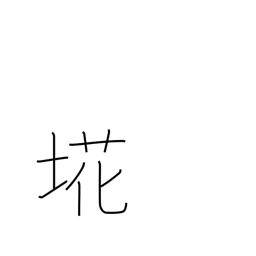
Meaning: refuse